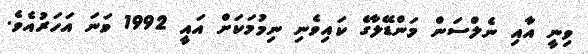
ވިނީ އާއި ނެލްސަން މަންޑޭލާގެ ކައިވެނި ނިމުމަކަށް އައީ 1992 ވަނަ އަހަރުއެވެ.